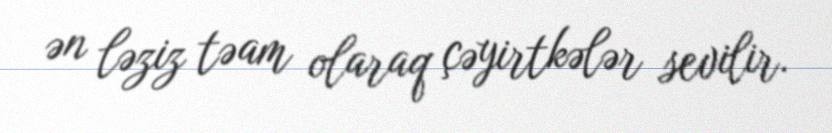
ən ləziz təam olaraq çəyirtkələr sevilir.